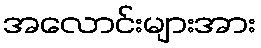
အလောင်းများအား